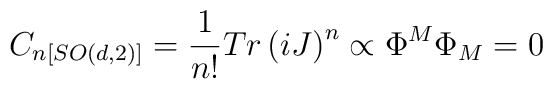
C_{n[SO(d,2)]}=\frac{1}{n!}Tr\left( iJ\right) ^{n}\propto \Phi ^{M}\Phi_{M}=0